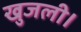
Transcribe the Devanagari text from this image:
खुजली।